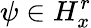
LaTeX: \psi\in H_{x}^{r}